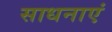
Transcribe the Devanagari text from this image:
साधनाएं